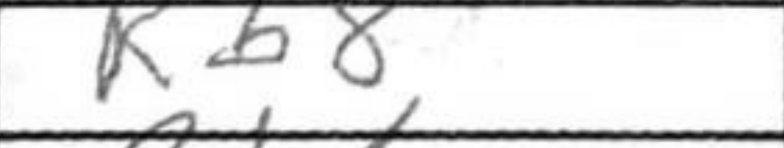
Transcription: Rb8